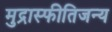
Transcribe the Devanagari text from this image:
मुद्रास्फीतिजन्य